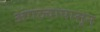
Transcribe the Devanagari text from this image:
अंगठ्यापासून